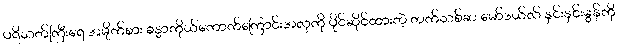
ပရိသတ်ကြီးရေ အမိုက်စား ခန္ဓာကိုယ်ကောက်ကြောင်းအလှကို ပိုင်ဆိုင်ထားတဲ့ တက်သစ်ဆ မော်ဒယ်လ် နှင်းနှင်းမွန်ကို